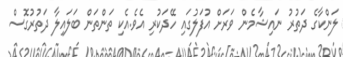
ލަންކާގެ ދަތުރު ނައިޝާމެން ވަރަށް އުފަލުގައި ހޭދަކުރި އެވެ.އެކި ތަންތަން ބަލައިލާ ދަތުރުގޮސް